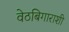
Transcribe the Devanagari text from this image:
वेठबिगाराशी